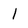
Character: 1